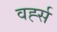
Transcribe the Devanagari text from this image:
वर्ह्स